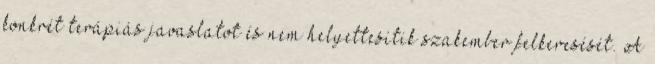
konkrét terápiás javaslatot és nem helyettesítik szakember felkeresését. A